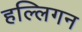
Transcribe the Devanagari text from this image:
हल्लिगन